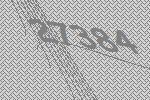
27384